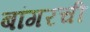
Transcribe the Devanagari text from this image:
बांगरची